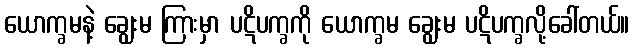
ယောက္ခမနဲ့ ချွေးမ ကြားမှာ ပဋိပက္ခကို ယောက္ခမ ချွေးမ ပဋိပက္ခလို့ခေါ်တယ်။